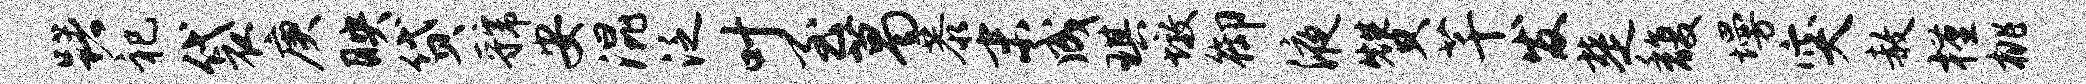
躇祀袋庚映贷虢安混泛叶至葛恭末成琪墩御液赞芊发楚馥墁突赦槿桃